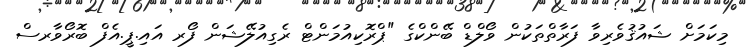
މިކަމަށް ޝައުޤުވެރިވާ ފަރާތްތަކުން ވޯލްޑް ބޭންކްގެ "ޕްރޮކިއުމަންޓް ރެގިއުލޭޝަން ފޯރ އައި.ޕީ.އެފް ބޮރޯވާރސް